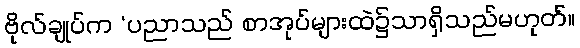
ဗိုလ်ချုပ်က ‘ပညာသည် စာအုပ်များထဲ၌သာရှိသည်မဟုတ်။